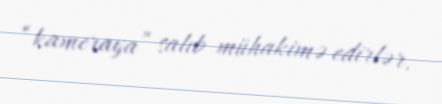
“kameraya” salıb mühakimə edirlər.